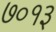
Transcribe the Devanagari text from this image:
७०१३